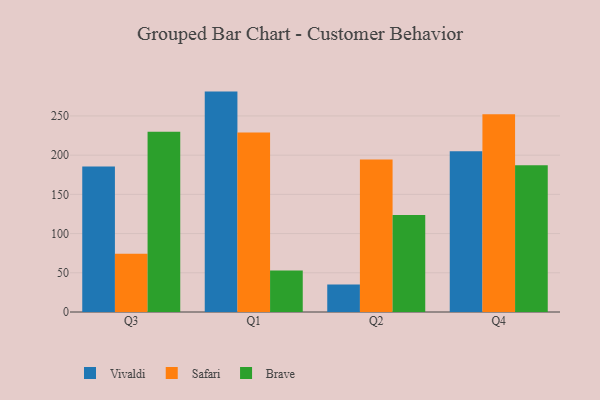
{"axis": {"x": "Quarter", "y": "Market Share (%)"}, "legend": ["Brave", "Safari", "Vivaldi"], "data": [{"x": "Q3", "y": 185.4, "type": "Vivaldi"}, {"x": "Q3", "y": 74.3, "type": "Safari"}, {"x": "Q3", "y": 229.8, "type": "Brave"}, {"x": "Q1", "y": 281.0, "type": "Vivaldi"}, {"x": "Q1", "y": 228.9, "type": "Safari"}, {"x": "Q1", "y": 52.9, "type": "Brave"}, {"x": "Q2", "y": 35.2, "type": "Vivaldi"}, {"x": "Q2", "y": 194.4, "type": "Safari"}, {"x": "Q2", "y": 123.6, "type": "Brave"}, {"x": "Q4", "y": 204.9, "type": "Vivaldi"}, {"x": "Q4", "y": 252.1, "type": "Safari"}, {"x": "Q4", "y": 187.2, "type": "Brave"}]}